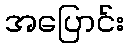
အပြောင်း